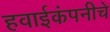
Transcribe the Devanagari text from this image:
हवाईकंपनीचे